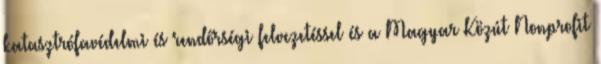
katasztrófavédelmi és rendőrségi felvezetéssel és a Magyar Közút Nonprofit